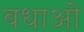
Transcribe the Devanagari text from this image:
बधाओ